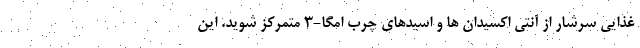
غذایی سرشار از آنتی اکسیدان ها و اسیدهای چرب امگا-3 متمرکز شوید. این